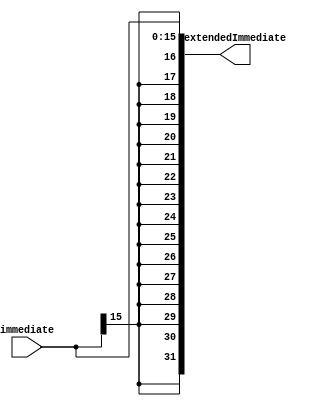
/*------------------------------------------------------------------ 
-- Haley Whitman & Andrew Hill
-- May 2016
-- CAES: Computer Architecture and Embedded Systems Laboratory
-- University of Oregon
-- Eugene, OR
-- 
--  
-- Filename: Sign_Extend_16to32.v
--
-----------------------------------------------------------------*/

module Sign_Extend_16to32(
	input[15:0] immediate,
	output[31:0] extendedImmediate
	);

	assign extendedImmediate = {{16{immediate[15]}}, immediate};
	
endmodule